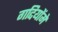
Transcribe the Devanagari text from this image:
गद्दियोंमें